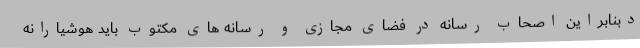
دبنابراین اصحاب رسانه در فضای مجازی و رسانه های مکتوب باید هوشیارانه